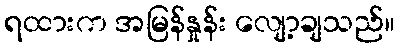
ရထားက အမြန်နှုန်း လျော့ချသည်။